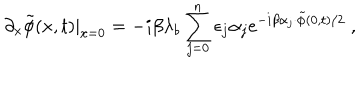
LaTeX: \partial _ { x } \tilde { \phi } ( x , t ) | _ { x = 0 } = - i \beta \lambda _ { b } \sum _ { j = 0 } ^ { n } \epsilon _ { j } \alpha _ { j } e ^ { - i \beta \alpha _ { j } \cdot \tilde { \phi } ( 0 , t ) / 2 } \ ,